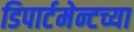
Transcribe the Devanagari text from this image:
डिपार्टमेन्टच्या